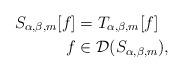
LaTeX: \begin{align*}S_{\alpha,\beta,m}[f] & =T_{\alpha, \beta,m}[f]\\f & \in\mathcal{D}(S_{\alpha,\beta,m}),\end{align*}